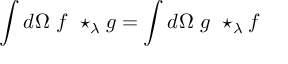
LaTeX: \int d \Omega \ f \ \star _ { \lambda } g = \int d \Omega \ g \ \star _ { \lambda } f